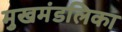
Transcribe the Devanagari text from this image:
मुखमंडलिका